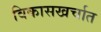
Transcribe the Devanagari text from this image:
विकासखर्चात